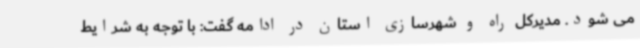
می شود. مدیرکل راه و شهرسازی استان در ادامه گفت: با توجه به شرایط